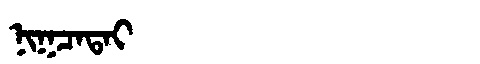
Manchu: ᠨᡳᡴᠴᠠᡨᠠᡳ
Romanization: NIKCATAI